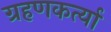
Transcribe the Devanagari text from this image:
ग्रहणकर्त्या